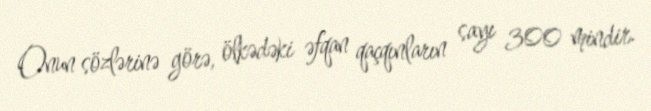
Onun sözlərinə görə, ölkədəki əfqan qaçqınların sayı 300 mindir.